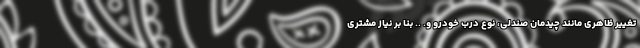
تغییر ظاهری مانند چیدمان صندلی، نوع درب خودرو و. .. بنا بر نیاز مشتری